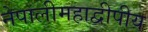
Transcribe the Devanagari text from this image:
नेपालीमहाद्वीपीय